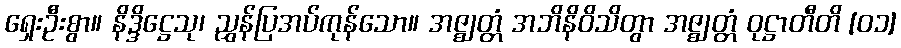
ရှေးဦးစွာ။ နိဒ္ဒိဋ္ဌေသု၊ ညွှန်ပြအပ်ကုန်သော။ အဇ္ဈတ္တံ အဘိနိဝိသိတွာ အဇ္ဈတ္တံ ဝုဋ္ဌာတီတိ [၀၁]